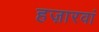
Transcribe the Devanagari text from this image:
हज़ारवां